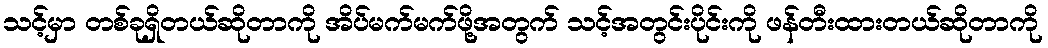
သင့်မှာ တစ်ခုရှိတယ်ဆိုတာကို အိပ်မက်မက်ဖို့အတွက် သင့်အတွင်းပိုင်းကို ဖန်တီးထားတယ်ဆိုတာကို